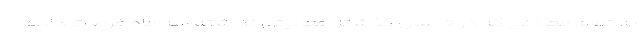
به تمام معادنی که در ۱۰ سال گذشته فعالیتی نداشته سه ماه فرصت داده